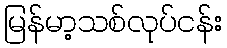
မြန်မာ့သစ်လုပ်ငန်း